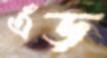
এঁড়